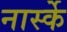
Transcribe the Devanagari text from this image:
नार्स्के